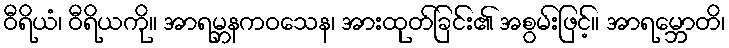
ဝီရိယံ၊ ဝီရိယကို။ အာရမ္ဘနကဝသေန၊ အားထုတ်ခြင်း၏ အစွမ်းဖြင့်။ အာရမ္ဘောတိ၊